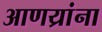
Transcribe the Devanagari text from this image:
आणय्रांना